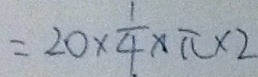
= 2 0 \times \frac { 1 } { 4 } \times \pi \times 2